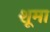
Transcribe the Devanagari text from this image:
शूमा